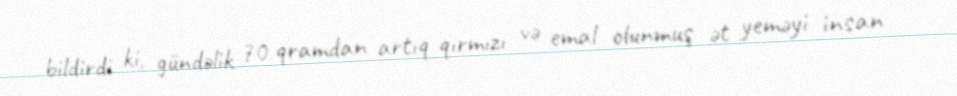
bildirdi ki, gündəlik 70 qramdan artıq qırmızı və emal olunmuş ət yeməyi insan